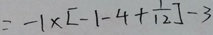
= - 1 \times [ - 1 - 4 + \frac { 1 } { 1 2 } ] - 3